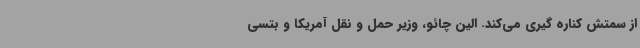
از سمتش کناره گیری می‌کند. الین چائو، وزیر حمل و نقل آمریکا و بتسی